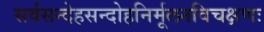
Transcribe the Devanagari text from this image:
सर्वसन्देहसन्दोहनिर्मूलनविचक्षणः